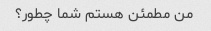
من مطمئن هستم شما چطور؟